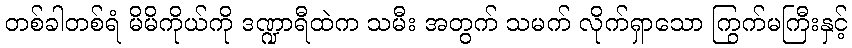
တစ်ခါတစ်ရံ မိမိကိုယ်ကို ဒဏ္ဍာရီထဲက သမီး အတွက် သမက် လိုက်ရှာသော ကြွက်မကြီးနှင့်